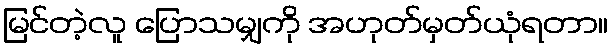
မြင်တဲ့လူ ပြောသမျှကို အဟုတ်မှတ်ယုံရတာ။